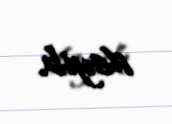
deyib.